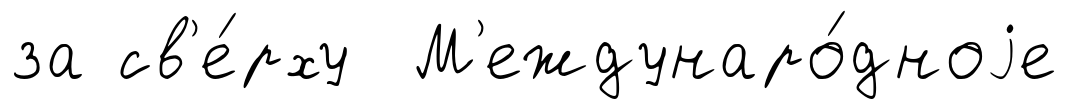
за св'е́рху М'еждунаро́дноjе